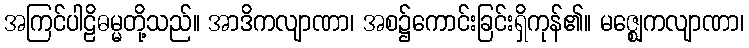
အကြင်ပါဠိဓမ္မတို့သည်။ အာဒိကလျာဏာ၊ အစ၌ကောင်းခြင်းရှိကုန်၏။ မဇ္ဈေကလျာဏာ၊